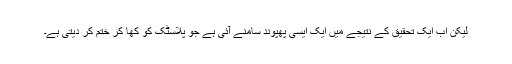
لیکن اب ایک تحقیق کے نتیجے میں ایک ایسی پھپوند سامنے آئی ہے جو پلاسٹک کو کھا کر ختم کر دیتی ہے۔